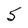
Character: 5